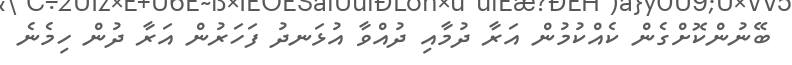
ބޭނުންކޮށްގެން ކެއްކުމުން އަރާ ދުމާއި ދުއްވާ އުޅަނދު ފަހަރުން އަރާ ދުން ހިމެނެ